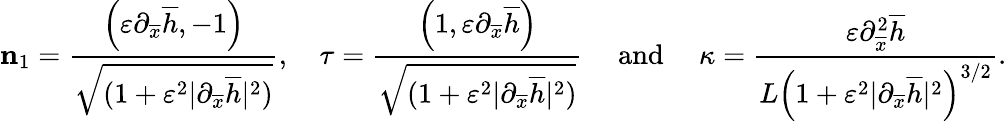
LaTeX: \mathbf{n}_{1}=\frac{\left(\varepsilon\partial_{\overline{{x}}}\overline{{h}},-1\right)}{\sqrt{(1+\varepsilon^{2}|\partial_{\overline{{x}}}\overline{{h}}|^{2})}},\quad\mathbf{\tau}=\frac{\left(1,\varepsilon\partial_{\overline{{x}}}\overline{{h}}\right)}{\sqrt{(1+\varepsilon^{2}|\partial_{\overline{{x}}}\overline{{h}}|^{2})}}\quad\mathrm{~and~}\quad\kappa=\frac{\varepsilon\partial_{\overline{{x}}}^{2}\overline{{h}}}{L\left(1+\varepsilon^{2}|\partial_{\overline{{x}}}\overline{{h}}|^{2}\right)^{3/2}}.